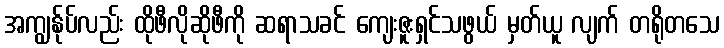
အကျွန်ုပ်လည်း ထိုဖီလိုဆိုဖီကို ဆရာသခင် ကျေးဇူးရှင်သဖွယ် မှတ်ယူ လျက် တရိုတသေ